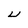
Character: U